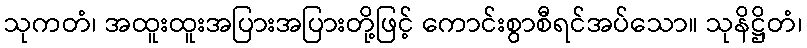
သုကတံ၊ အထူးထူးအပြားအပြားတို့ဖြင့် ကောင်းစွာစီရင်အပ်သော။ သုနိဋ္ဌိတံ၊